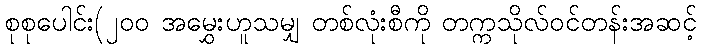
စုစုပေါင်း(၂၀၀ အမွှေးဟူသမျှ တစ်လုံးစီကို တက္ကသိုလ်ဝင်တန်းအဆင့်